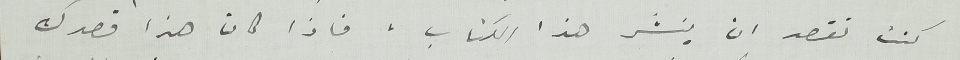
كنت تقصد ان ينشر هذا الكتاب . فاذا كان هذا قصدك